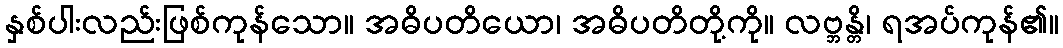
နှစ်ပါးလည်းဖြစ်ကုန်သော။ အဓိပတိယော၊ အဓိပတိတို့ကို။ လဗ္ဘန္တိ၊ ရအပ်ကုန်၏။